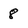
Character: 8